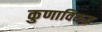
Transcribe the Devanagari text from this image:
कुणाविरुद्ध